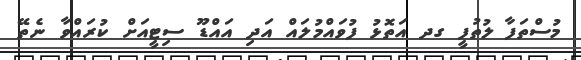
މުސްތަފާ ލުތުފީ ގދ އަތޮޅު ފުވައްމުލައް އަދި އައްޑޫ ސިޓީއަށް ކުރައްވާ ނެތޭ